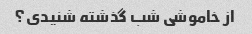
از خاموشی شب گذشته شنیدی؟